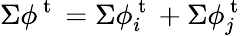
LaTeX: \Sigma\phi^{\mathrm{~t~}}=\Sigma\phi_{i}^{\mathrm{~t~}}+\Sigma\phi_{j}^{\mathrm{~t~}}